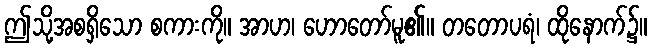
ဤသို့အစရှိသော စကားကို။ အာဟ၊ ဟောတော်မူ၏။ တတောပရံ၊ ထိုနောက်၌။